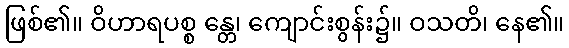
ဖြစ်၏။ ဝိဟာရပစ္စ န္တေ၊ ကျောင်းစွန်း၌။ ဝသတိ၊ နေ၏။